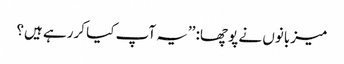
میزبانوں نے پوچھا: ’’یہ آپ کیا کررہے ہیں؟